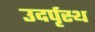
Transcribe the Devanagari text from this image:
उदर्पृस्थ